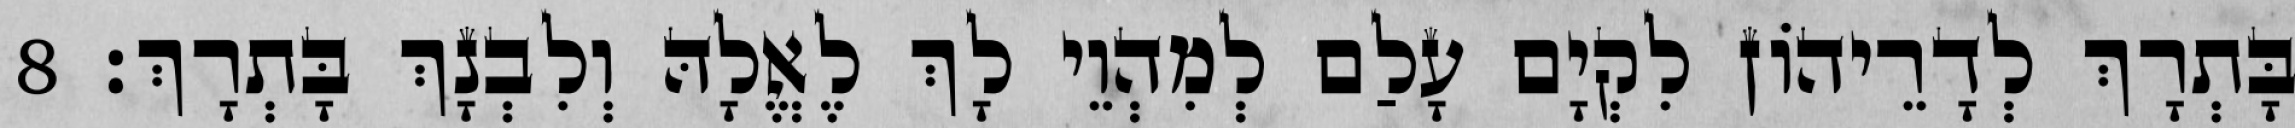
בָּתְרָךְ לְדָרֵיהוֹן לִקְיָם עָלַם לְמִהְוֵי לָךְ לֶאֱלָהּ וְלִבְנָךְ בָּתְרָךְ׃ 8